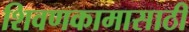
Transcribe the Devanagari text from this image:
शिवणकामासाठी